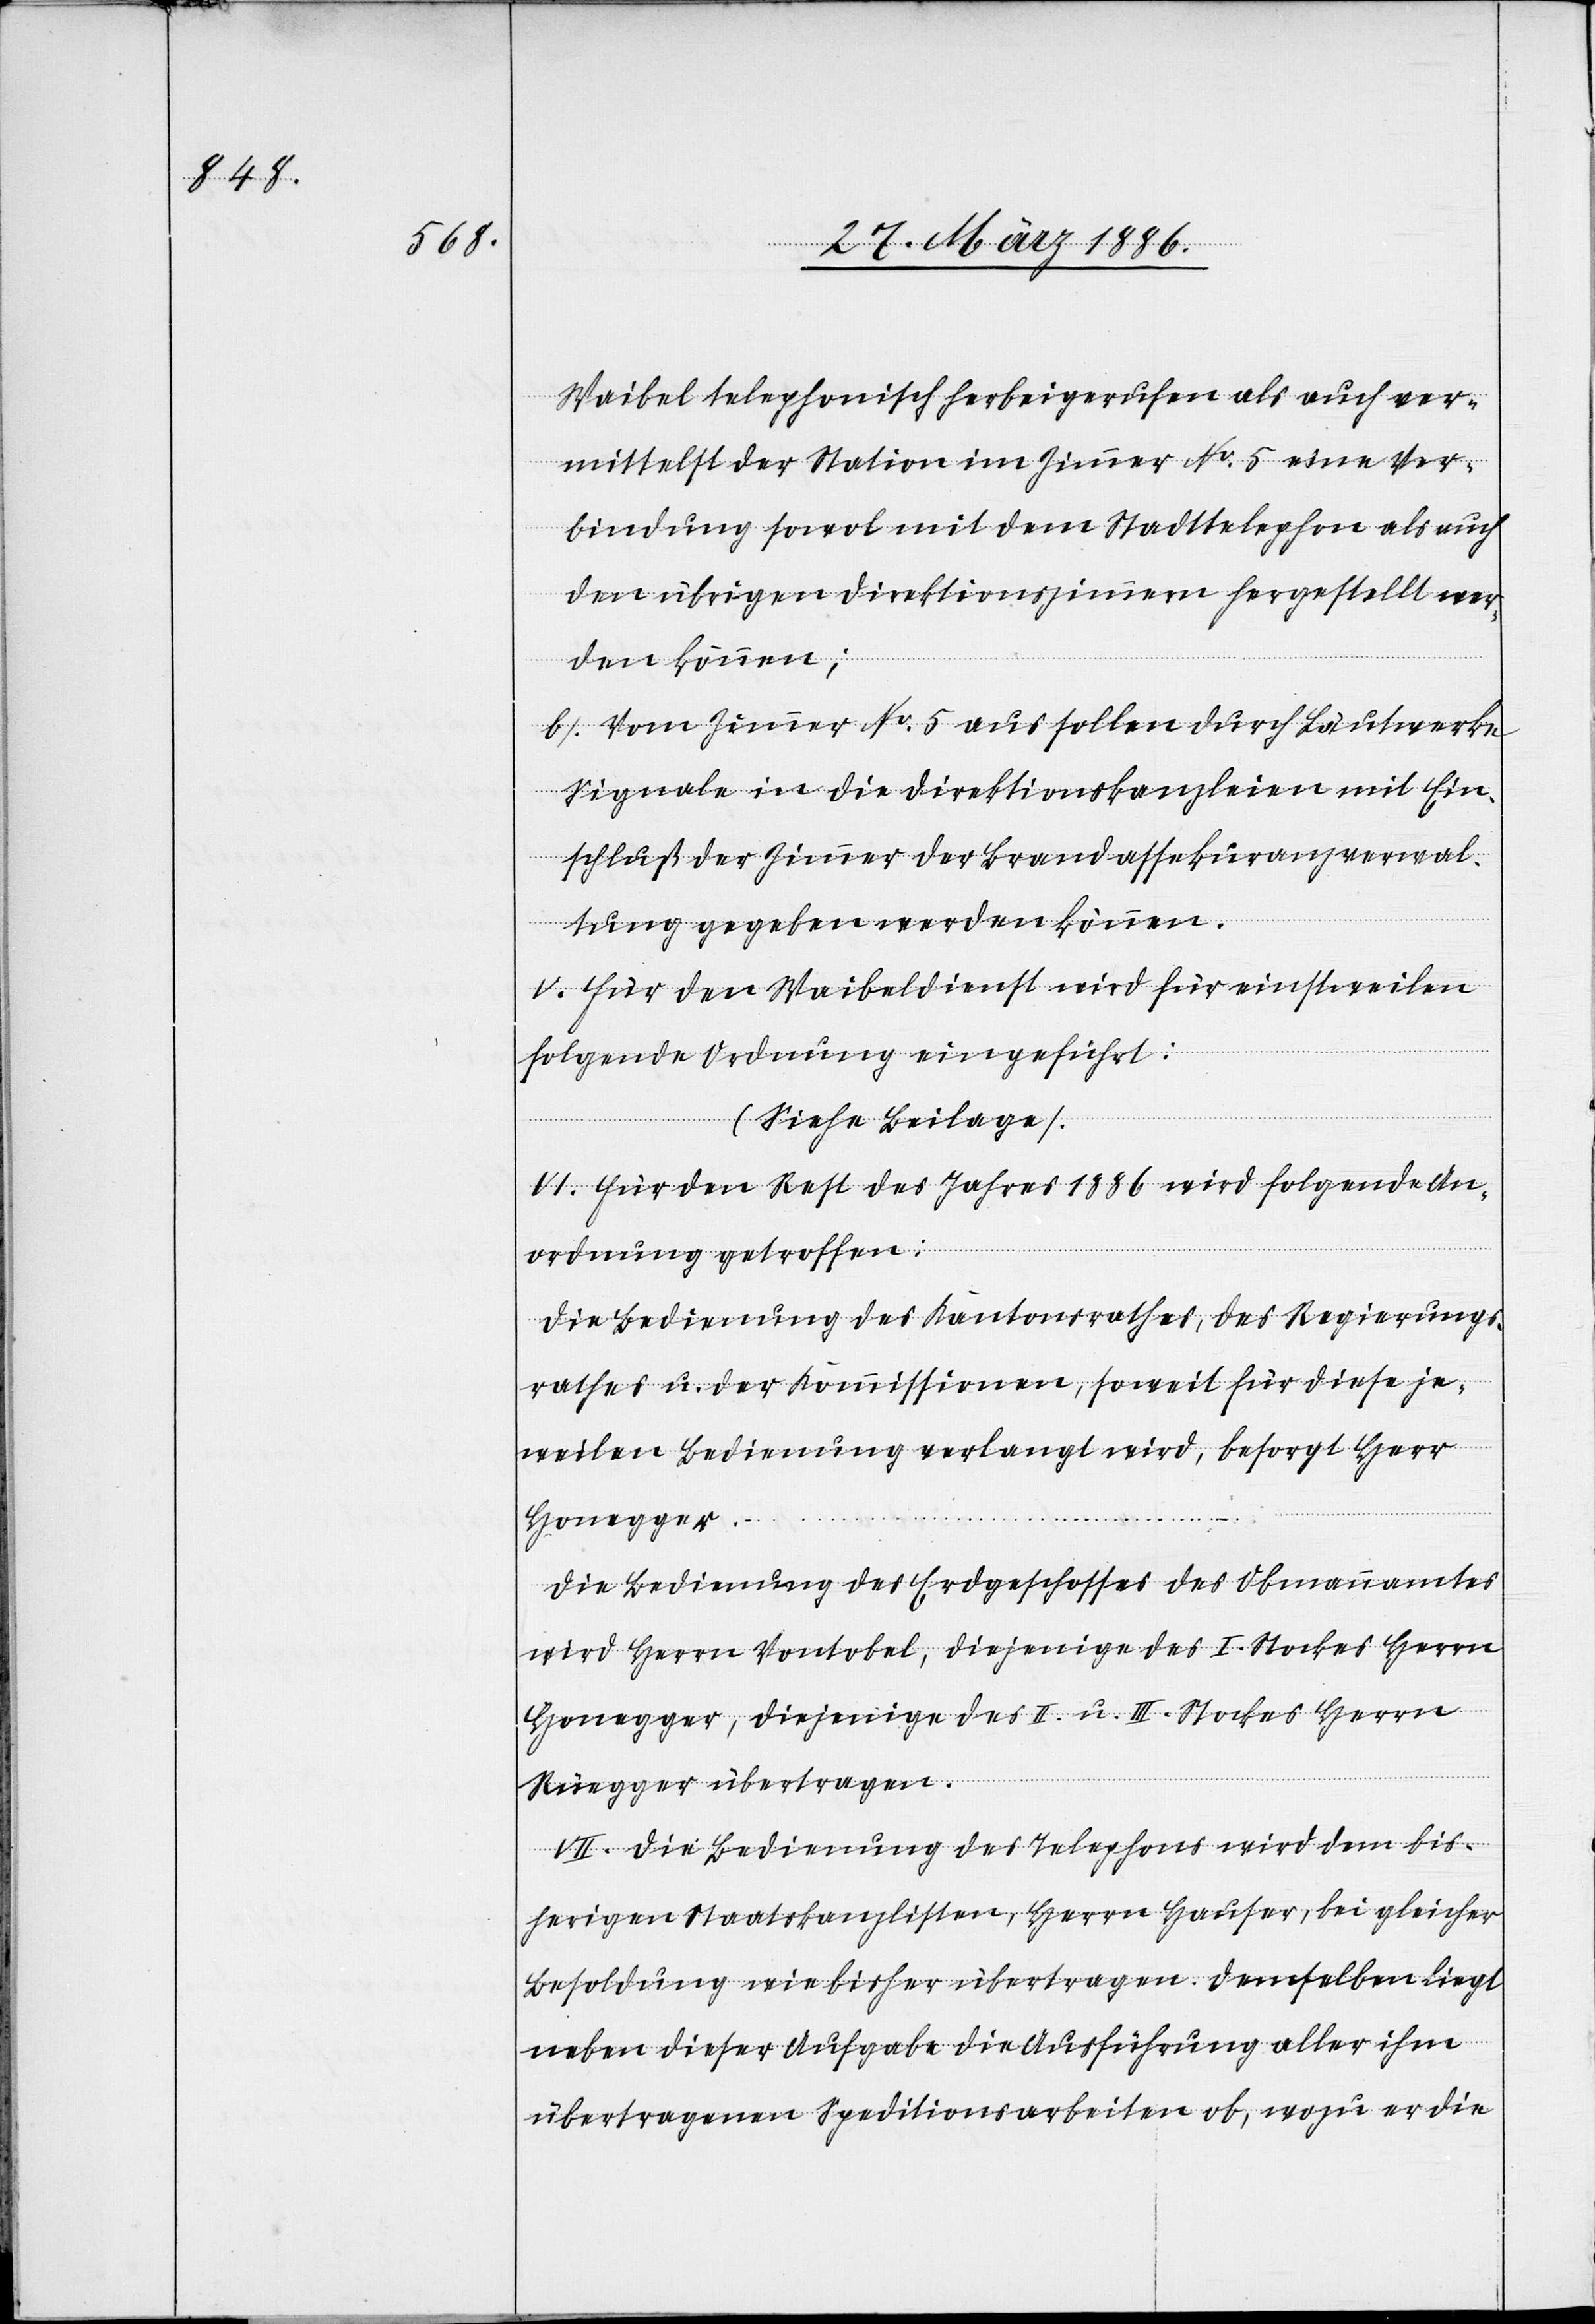
Waibel telephonisch herbeigerufen als auch ver¬
mittelst der Station im Zimmer No. 5 eine Ver¬
bindung sowol mit dem Stadttelephon als auch
den übrigen Direktionszimmer hergestellt wer¬
den können;
b) Vom Zimmer No. 5 aus sollen durch Läutwerke
Signale in die Direktionskanzleien mit Ein¬
schluß der Zimmer der Brandassekuranzverwal¬
tung gegeben werden können.
V. Für den Waibeldienst wird für einstweilen
folgende Ordnung eingeführt:
(Siehe Beilage).
VI. Für den Rest des Jahres 1886 wird folgende An¬
ordnung getroffen:
Die Bestimmung des Kantonsrathes, des Regierungs¬
rathes u. der Kommissionen, soweit für diese je¬
weilen Bedingung verlangt wird, besorgt Herr
Honegger.
Die Bedienung des Erdgeschosses des Obmannamtes
wird Herrn Vontobel, diejenige des I. Stockes Herrn
Honegger, diejenige des II. u. III. Stockes Herrn
Rüegger übertragen.
VII. Die Bedienung des Telephones wird dem bis¬
herigen Staatskanzlisten, Herrn Hauser, bei gleicher
Besoldung wie bisher übertragen. Demselben liegt
neben dieser Aufgabe die Ausführung aller ihm
übertragenen Speditionsarbeiten ob, wozu er die